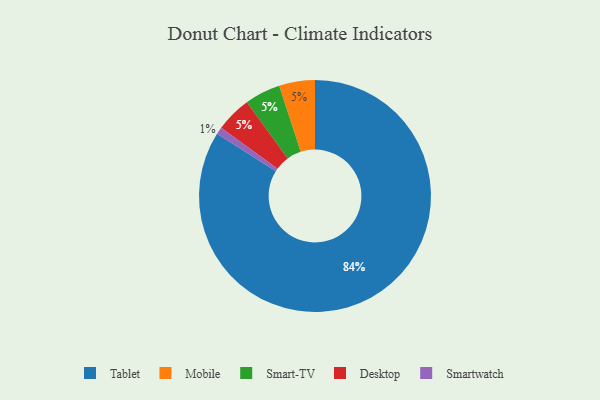
{"axis": {"x": "Category", "y": "Percentage"}, "legend": ["Desktop", "Mobile", "Smart-TV", "Smartwatch", "Tablet"], "data": [{"x": "Mobile", "y": 5, "type": "Mobile"}, {"x": "Smartwatch", "y": 1, "type": "Smartwatch"}, {"x": "Smart-TV", "y": 5, "type": "Smart-TV"}, {"x": "Tablet", "y": 84, "type": "Tablet"}, {"x": "Desktop", "y": 5, "type": "Desktop"}]}